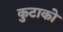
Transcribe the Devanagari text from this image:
कुटाको